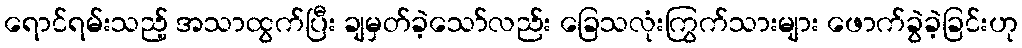
ရောင်ရမ်းသည့် အသာထွက်ပြီး ချမှတ်ခဲ့သော်လည်း ခြေသလုံးကြွက်သားများ ဖောက်ခွဲခဲ့ခြင်းဟု